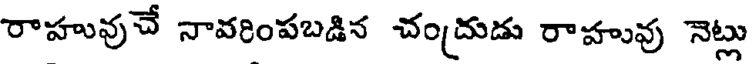
రాహువుచే నావరింపబడిన చందుడు రాహువు నెట్లు